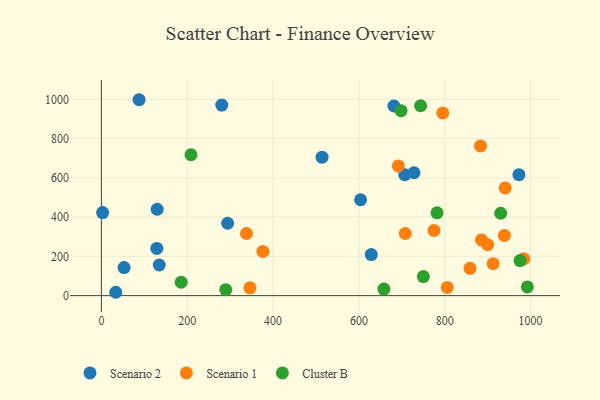
{"axis": {"x": "Distance", "y": "Yield"}, "legend": ["Cluster B", "Scenario 1", "Scenario 2"], "data": [{"x": "728.4", "y": 626.2, "type": "Scenario 2"}, {"x": "2.9", "y": 423.1, "type": "Scenario 2"}, {"x": "129.1", "y": 240.6, "type": "Scenario 2"}, {"x": "33.5", "y": 17.0, "type": "Scenario 2"}, {"x": "52.9", "y": 143.0, "type": "Scenario 2"}, {"x": "280.5", "y": 970.8, "type": "Scenario 2"}, {"x": "604.0", "y": 488.5, "type": "Scenario 2"}, {"x": "130.0", "y": 440.2, "type": "Scenario 2"}, {"x": "87.9", "y": 998.2, "type": "Scenario 2"}, {"x": "628.9", "y": 209.2, "type": "Scenario 2"}, {"x": "294.1", "y": 368.8, "type": "Scenario 2"}, {"x": "514.2", "y": 705.6, "type": "Scenario 2"}, {"x": "706.8", "y": 615.8, "type": "Scenario 2"}, {"x": "681.6", "y": 966.2, "type": "Scenario 2"}, {"x": "134.9", "y": 155.9, "type": "Scenario 2"}, {"x": "972.9", "y": 616.2, "type": "Scenario 2"}, {"x": "900.0", "y": 259.7, "type": "Scenario 1"}, {"x": "346.1", "y": 39.8, "type": "Scenario 1"}, {"x": "708.1", "y": 316.4, "type": "Scenario 1"}, {"x": "691.9", "y": 661.0, "type": "Scenario 1"}, {"x": "939.1", "y": 306.7, "type": "Scenario 1"}, {"x": "885.6", "y": 284.0, "type": "Scenario 1"}, {"x": "940.8", "y": 548.8, "type": "Scenario 1"}, {"x": "858.8", "y": 139.2, "type": "Scenario 1"}, {"x": "912.8", "y": 162.5, "type": "Scenario 1"}, {"x": "795.4", "y": 931.1, "type": "Scenario 1"}, {"x": "338.1", "y": 316.6, "type": "Scenario 1"}, {"x": "883.3", "y": 762.7, "type": "Scenario 1"}, {"x": "805.9", "y": 41.6, "type": "Scenario 1"}, {"x": "775.0", "y": 332.0, "type": "Scenario 1"}, {"x": "984.3", "y": 187.3, "type": "Scenario 1"}, {"x": "376.3", "y": 225.0, "type": "Scenario 1"}, {"x": "289.8", "y": 30.0, "type": "Cluster B"}, {"x": "698.3", "y": 942.2, "type": "Cluster B"}, {"x": "782.1", "y": 422.0, "type": "Cluster B"}, {"x": "750.2", "y": 97.2, "type": "Cluster B"}, {"x": "185.9", "y": 68.6, "type": "Cluster B"}, {"x": "658.3", "y": 33.4, "type": "Cluster B"}, {"x": "743.8", "y": 967.4, "type": "Cluster B"}, {"x": "930.4", "y": 419.6, "type": "Cluster B"}, {"x": "208.8", "y": 717.8, "type": "Cluster B"}, {"x": "992.6", "y": 44.4, "type": "Cluster B"}, {"x": "975.5", "y": 178.5, "type": "Cluster B"}]}